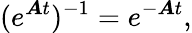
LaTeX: (e^{\boldsymbol{A}t})^{-1}=e^{-\boldsymbol{A}t},